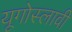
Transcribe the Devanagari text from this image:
यूगोस्लावी